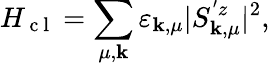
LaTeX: H_{\mathrm{~c~l~}}=\sum_{\mu,\mathbf{k}}\varepsilon_{\mathbf{k},\mu}|S_{\mathbf{k},\mu}^{'z}|^{2},